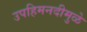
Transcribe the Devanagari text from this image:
उपहिमनदीमुळे